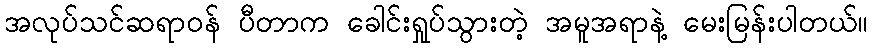
အလုပ်သင်ဆရာဝန် ပီတာက ခေါင်းရှုပ်သွားတဲ့ အမူအရာနဲ့ မေးမြန်းပါတယ်။